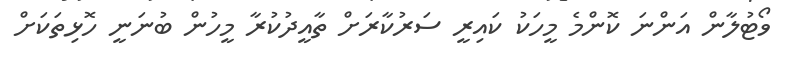
ވޯޓުލާން އަންނަ ކޮންމެ މީހަކު ކައިރީ ސަރުކާރަށް ތާއީދުކުރާ މީހުން ބުނަނީ ހޮޅިތަކަށް